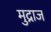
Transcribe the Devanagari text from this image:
मुद्राज